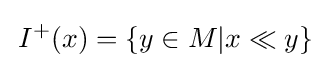
\,I^{+}(x)=\{y\in M|x\ll y\}